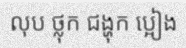
លុប ថ្លុក ជង្ហុក ប្អៀង